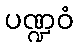
ပဏ္ဍဝံ